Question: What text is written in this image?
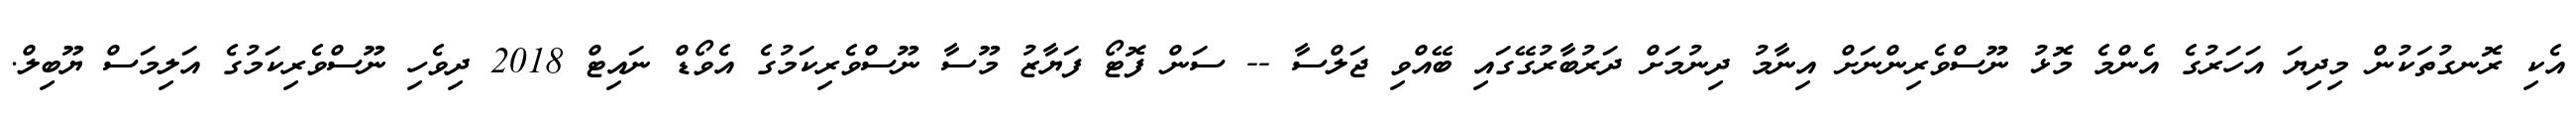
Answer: އެކި ރޮނގުތަކުން މިދިޔަ އަހަރުގެ އެންމެ މޮޅު ނޫސްވެރިންނަށް އިނާމު ދިނުމަށް ދަރުބާރުގޭގައި ބޭއްވި ޖަލްސާ -- ސަން ފޮޓޯ ފަޔާޒު މޫސާ ނޫސްވެރިކަމުގެ އެވޯޑް ނައިޓް 2018 ދިވެހި ނޫސްވެރިކަމުގެ އަލިމަސް ޔޫބިލް.